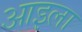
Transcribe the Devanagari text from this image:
आइला